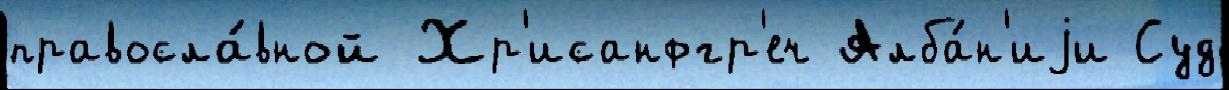
правосла́вной Хр'исанфгр'еч Алба́н'иjи Суд